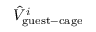
\hat { V } _ { \mathrm { g u e s t - c a g e } } ^ { i }